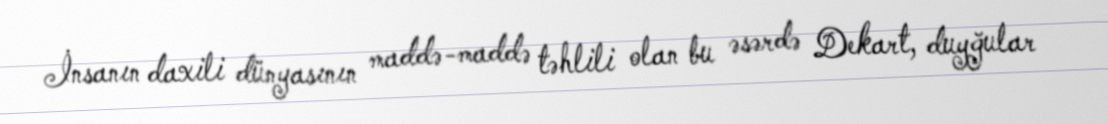
İnsanın daxili dünyasının maddə-maddə təhlili olan bu əsərdə Dekart, duyğular